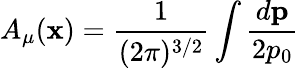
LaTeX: A_{\mu}(\mathbf{x})=\frac{1}{{(2\pi)^{3/2}}}\int\frac{{d{\mathbf{p}}}}{{2p_{0}}}